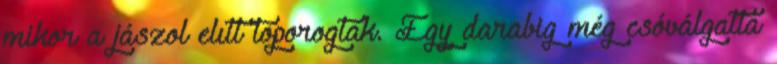
mikor a jászol elıtt toporogtak. Egy darabig még csóválgatta